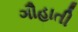
ગૌહાતી